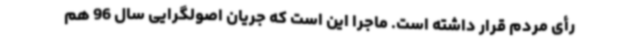
رأی مردم قرار داشته است. ماجرا این است که جریان اصولگرایی سال 96 هم